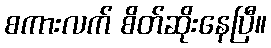
စကားလက် စိတ်ဆိုးနေပြီ။